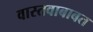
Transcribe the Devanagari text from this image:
वास्तवाबाबत